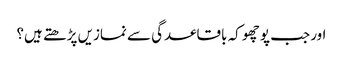
اور جب پوچھو کہ باقاعدگی سے نمازیں پڑھتے ہیں؟